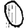
Digit: 0